Jaan_Tonisson_(Lasteleht), lk 106
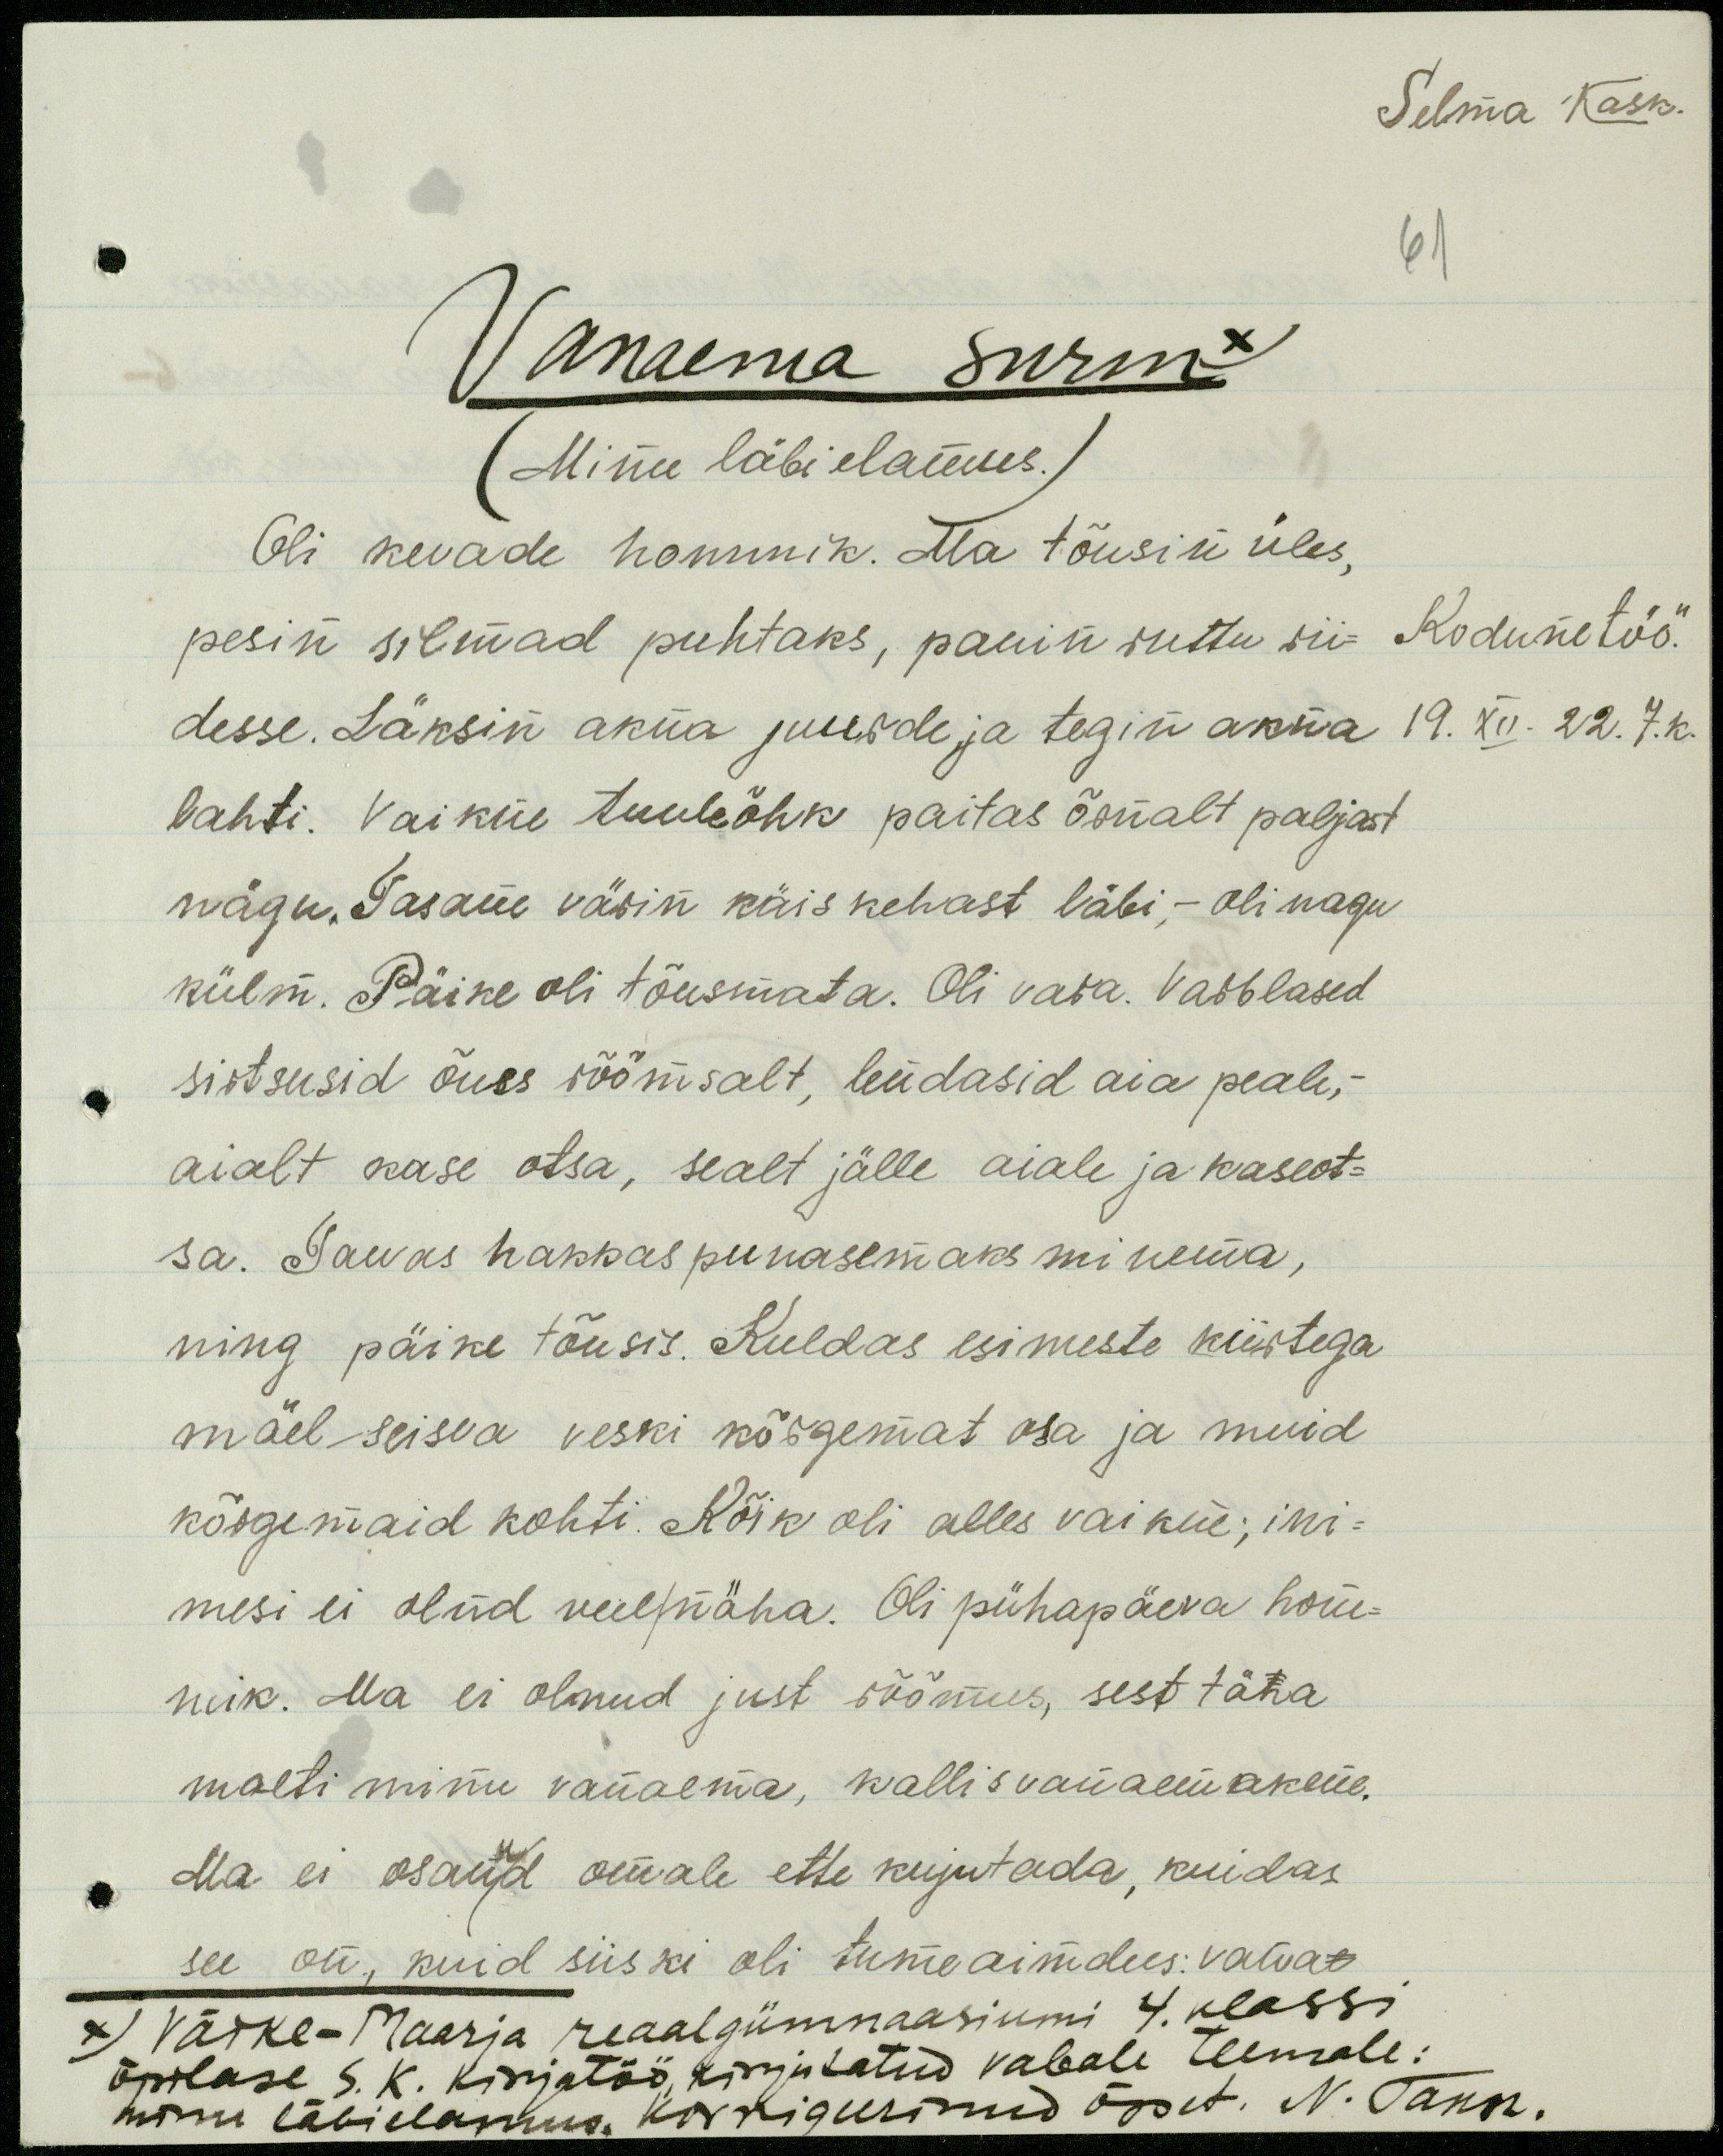
Selma Kask.
61
Vanaema surm x
(Minu läbi elamus.)
Oli kevade hommik. Ma tõusin üles,
pesin silmad puhtaks, panin ruttu rii-
Kodune töö.
desse. Läksin akna juurde ja tegin akna
19. XII. 22. 7. k.
lahti. Vaikne tuuleõhk paitas õrnalt paljast
nägu. Tasane värin käis kehast läbi, - oli nagu
külm. Päike oli tõusmata. Oli vara. Varblased
sirtsusid õues rõõmsalt, lendasid aia peale,-
aialt kase otsa, sealt jälle aiale ja kaseot-
sa. Taevas hakkas punasemaks minema,
ning päike tõusis. Kuldas esimeste kiirtega
mäel seisva veski kõrgemat osa ja muid
kõrgemaid kohti. Kõik oli alles vaikne; ini-
mesi ei olnd veel/näha. Oli pühapäeva hom-
mik. Ma ei olnud just rõõmus, sest täna
maeti minu vanaema, kallis vanaemakene.
Ma ei osanud omale ette kujutada, kuidas
see on, kuid siiski oli tume aimdus: vana-
x) Värke-Maarja reaalgümnaasiumi 4. klassi
õpilase S K. kirjatöö kirjutatud vabale teemale.
minu läbi elamus. korrigeerinud õpet. N. Tann.